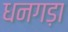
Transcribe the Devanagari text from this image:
धनगड़ा